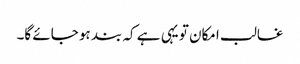
غالب امکان تو یہی ہے کہ بند ہو جائے گا۔